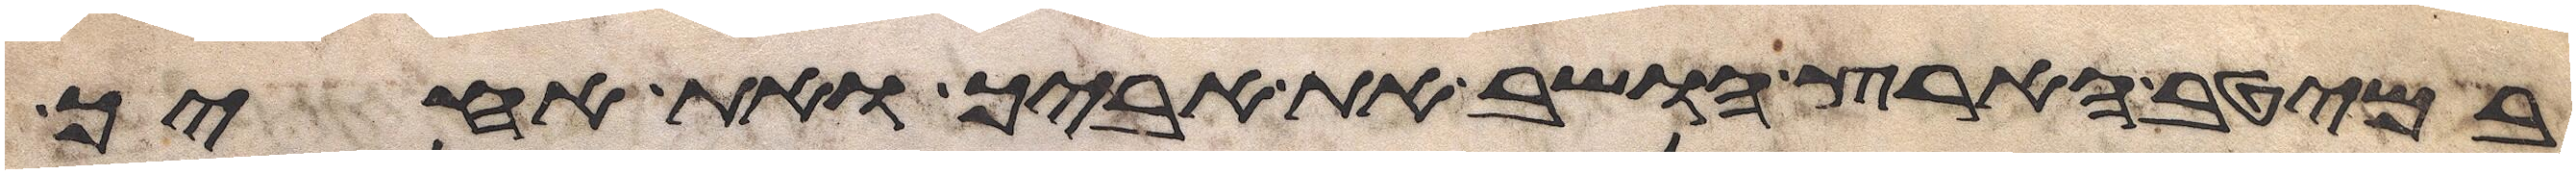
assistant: במיטב הארץ הושב את אביך ואת אחיך